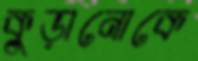
কুড়ানোকে